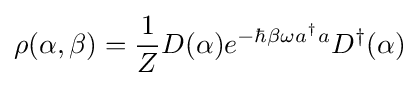
\rho (\alpha ,\beta )={\frac {1}{Z}}D(\alpha )e^{-\hbar \beta \omega a^{\dagger }a}D^{\dagger }(\alpha )